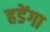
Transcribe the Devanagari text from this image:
हडेंगा